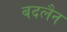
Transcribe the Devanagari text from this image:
बदलैन